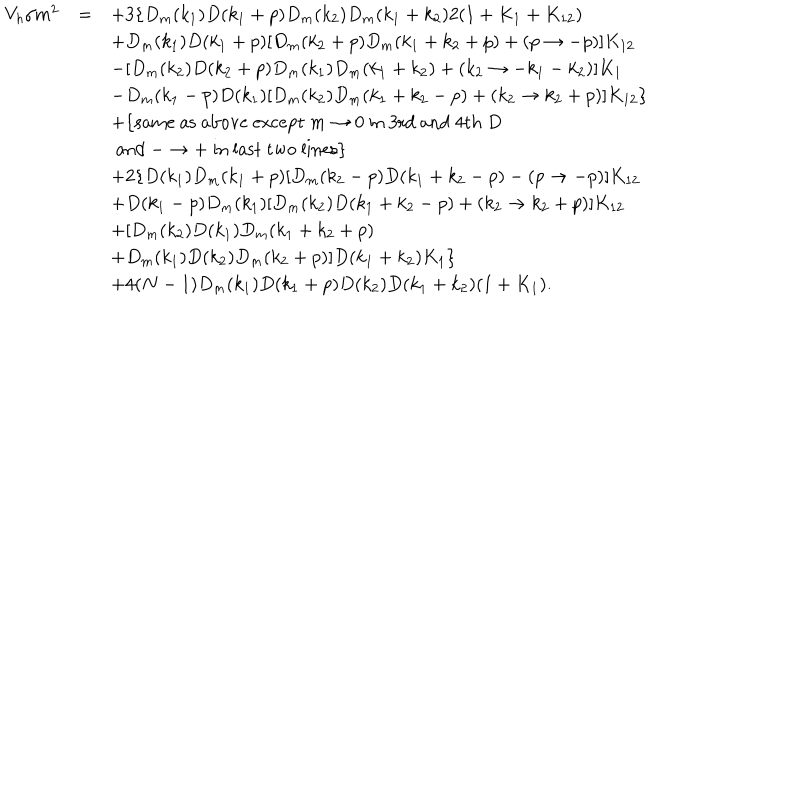
\begin{array} { r c l } { { V _ { h } / m ^ { 2 } } } & { { = } } & { { \displaystyle + 3 \{ D _ { m } ( k _ { 1 } ) D ( k _ { 1 } + p ) D _ { m } ( k _ { 2 } ) D _ { m } ( k _ { 1 } + k _ { 2 } ) 2 ( 1 + K _ { 1 } + K _ { 1 2 } ) } } \\ { { } } & { { } } & { { \displaystyle + D _ { m } ( k _ { 1 } ) D ( k _ { 1 } + p ) [ D _ { m } ( k _ { 2 } + p ) D _ { m } ( k _ { 1 } + k _ { 2 } + p ) + ( p \to - p ) ] K _ { 1 2 } } } \\ { { } } & { { } } & { { \displaystyle - [ D _ { m } ( k _ { 2 } ) D ( k _ { 2 } + p ) D _ { m } ( k _ { 1 } ) D _ { m } ( k _ { 1 } + k _ { 2 } ) + ( k _ { 2 } \to - k _ { 1 } - k _ { 2 } ) ] K _ { 1 } } } \\ { { } } & { { } } & { { \displaystyle - D _ { m } ( k _ { 1 } - p ) D ( k _ { 1 } ) [ D _ { m } ( k _ { 2 } ) D _ { m } ( k _ { 1 } + k _ { 2 } - p ) + ( k _ { 2 } \to k _ { 2 } + p ) ] K _ { 1 2 } \} } } \\ { { } } & { { } } & { { \displaystyle + \{ \mathrm { s a m e ~ a s ~ a b o v e ~ e x c e p t ~ } m \to 0 \mathrm { ~ i n ~ 3 r d ~ a n d ~ 4 t h ~ } D } } \\ { { } } & { { } } & { { \displaystyle \mathrm { ~ a n d ~ } - \to + \mathrm { ~ i n ~ l a s t ~ t w o ~ l i n e s } \} } } \\ { { } } & { { } } & { { \displaystyle + 2 \{ D ( k _ { 1 } ) D _ { m } ( k _ { 1 } + p ) [ D _ { m } ( k _ { 2 } - p ) D ( k _ { 1 } + k _ { 2 } - p ) - ( p \to - p ) ] K _ { 1 2 } } } \\ { { } } & { { } } & { { \displaystyle + D ( k _ { 1 } - p ) D _ { m } ( k _ { 1 } ) [ D _ { m } ( k _ { 2 } ) D ( k _ { 1 } + k _ { 2 } - p ) + ( k _ { 2 } \to k _ { 2 } + p ) ] K _ { 1 2 } } } \\ { { } } & { { } } & { { \displaystyle + [ D _ { m } ( k _ { 2 } ) D ( k _ { 1 } ) D _ { m } ( k _ { 1 } + k _ { 2 } + p ) } } \\ { { } } & { { } } & { { \displaystyle + D _ { m } ( k _ { 1 } ) D ( k _ { 2 } ) D _ { m } ( k _ { 2 } + p ) ] D ( k _ { 1 } + k _ { 2 } ) K _ { 1 } \} } } \\ { { } } & { { } } & { { \displaystyle + 4 ( N - 1 ) D _ { m } ( k _ { 1 } ) D ( k _ { 1 } + p ) D ( k _ { 2 } ) D ( k _ { 1 } + k _ { 2 } ) ( 1 + K _ { 1 } ) . } } \\ \end{array}